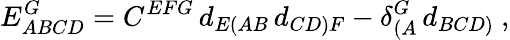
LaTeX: E_{ABCD}^{G}=C^{EFG}\, d_{E(AB}\, d_{CD)F}-\delta_{(A}^{G}\, d_{BCD)}\ ,